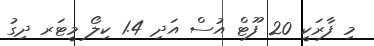
މި ފާރަކީ 20 ފޫޓް އުސް އަދި 1.4 ކިލޯ މީޓަރ ދިގު